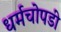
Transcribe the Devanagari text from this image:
धर्मचोपडी